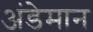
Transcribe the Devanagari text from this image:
अंडेमान